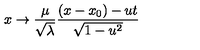
x \rightarrow \frac { \mu } { \sqrt { \lambda } } \frac { ( x - x _ { 0 } ) - u t } { \sqrt { 1 - u ^ { 2 } } }